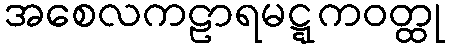
အစေလကဠာရမဋ္ဋကဝတ္ထု